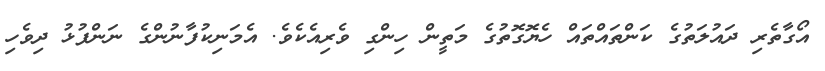
އޯގާތެރި ދައުލަތުގެ ކަންތައްތައް ހެޔޮގޮތުގެ މަތީން ހިންގި ވެރިއެކެވެ. އެމަނިކުފާނުންގެ ނަންފުޅު ދިވެހި